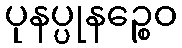
ပုနပ္ပုနဉ္စေဝ